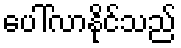
ပေါ်လာနိုင်သည်